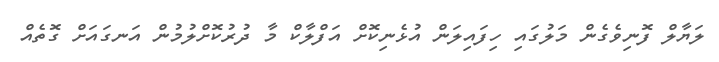
ލަޔާލް ފޮނިވެގެން މަލުގައި ހިފައިލަން އުޅެނިކޮށް އަފްލާކް މާ ދުރުކޮށްލުމުން އަނގައަށް ގޮތެއް